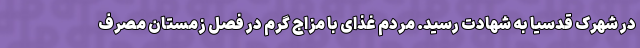
در شهرک قدسیا به شهادت رسید. مردم غذای با مزاج گرم در فصل زمستان مصرف